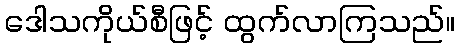
ဒေါသကိုယ်စီဖြင့် ထွက်လာကြသည်။